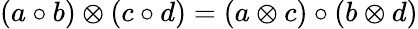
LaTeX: (a\circ b)\otimes(c\circ d)=(a\otimes c)\circ(b\otimes d)